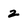
Character: 2